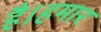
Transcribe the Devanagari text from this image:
है।हमार